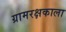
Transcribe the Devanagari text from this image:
ग्रामरक्षकाला